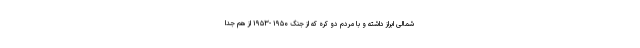
شمالی ابراز داشته و با مردم دو کره که از جنگ ۱۹۵۰ -۱۹۵۳ از هم جدا